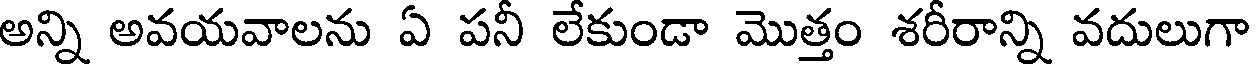
అన్ని అవయవాలను ఏ పనీ లేకుండా మొత్తం శరీరాన్ని వదులుగా